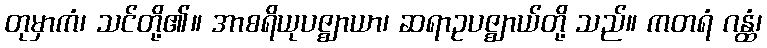
တုမှာကံ၊ သင်တို့၏။ အာစရိယုပဇ္ဈာယာ၊ ဆရာဥပဇ္ဈာယ်တို့ သည်။ ကတရံ ဂန္ထံ၊